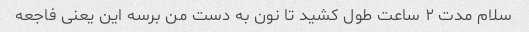
سلام مدت ۲ ساعت طول کشید تا نون به دست من برسه این یعنی فاجعه